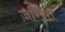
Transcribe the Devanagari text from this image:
ज़रिया।